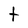
Character: t